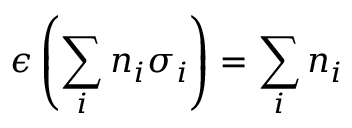
\epsilon \left( \sum _ { i } n _ { i } \sigma _ { i } \right) = \sum _ { i } n _ { i }